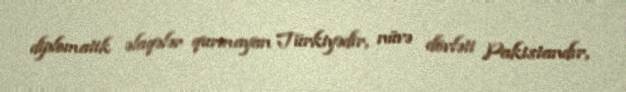
diplomatik əlaqələr qurmayan Türkiyədir, nüvə dövləti Pakistandır,